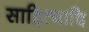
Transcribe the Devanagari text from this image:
साहित्यादि